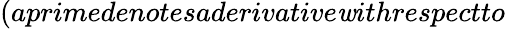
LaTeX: (aprimedenotesaderivative\mathit{w}ithrespectto